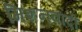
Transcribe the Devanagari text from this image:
मिशनवादी